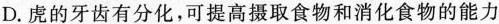
D.虑的牙齿有分化，可提高摄取食物和消化食物的能力